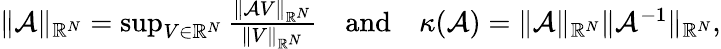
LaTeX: \begin{array}{r}{\| \mathcal{A}\| _{\mathbb{R}^{N}}=\operatorname*{sup}_{V\in\mathbb{R}^{N}}\frac{\| \mathcal{A}V\| _{\mathbb{R}^{N}}}{\| V\| _{\mathbb{R}^{N}}}\quad\mathrm{and}\quad\kappa(\mathcal{A})=\| \mathcal{A}\| _{\mathbb{R}^{N}}\| \mathcal{A}^{-1}\| _{\mathbb{R}^{N}},}\end{array}